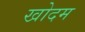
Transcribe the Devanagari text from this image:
खोदम